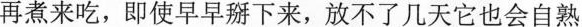
再内煮来吃，即使早早掰下来，放不了几天它也会自熟，